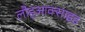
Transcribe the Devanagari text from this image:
लौहआक्साइड